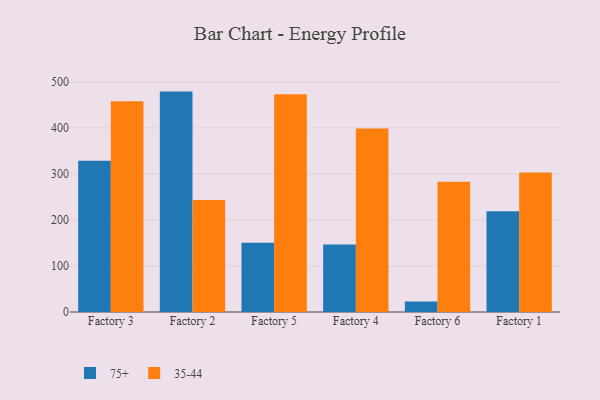
{"axis": {"x": "Factory", "y": "Revenue (USD Million)"}, "legend": ["35-44", "75+"], "data": [{"x": "Factory 3", "y": 328.6, "type": "75+"}, {"x": "Factory 3", "y": 457.9, "type": "35-44"}, {"x": "Factory 2", "y": 479.0, "type": "75+"}, {"x": "Factory 2", "y": 243.4, "type": "35-44"}, {"x": "Factory 5", "y": 150.7, "type": "75+"}, {"x": "Factory 5", "y": 473.4, "type": "35-44"}, {"x": "Factory 4", "y": 146.9, "type": "75+"}, {"x": "Factory 4", "y": 398.6, "type": "35-44"}, {"x": "Factory 6", "y": 22.8, "type": "75+"}, {"x": "Factory 6", "y": 283.2, "type": "35-44"}, {"x": "Factory 1", "y": 219.2, "type": "75+"}, {"x": "Factory 1", "y": 303.0, "type": "35-44"}]}